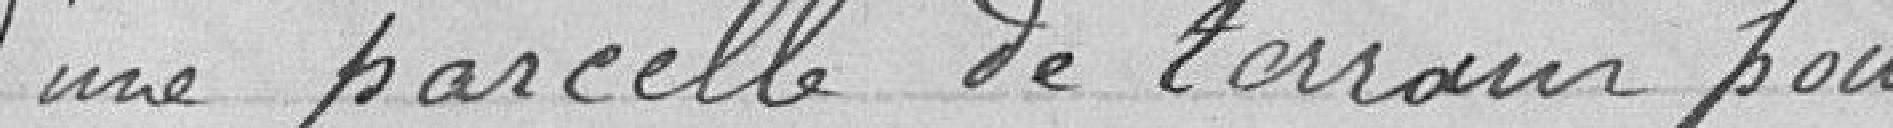
d'une parcelle de terrain pour